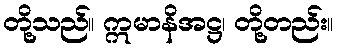
တို့သည်။ ဣမာနိအဋ္ဌ၊ တို့တည်း။